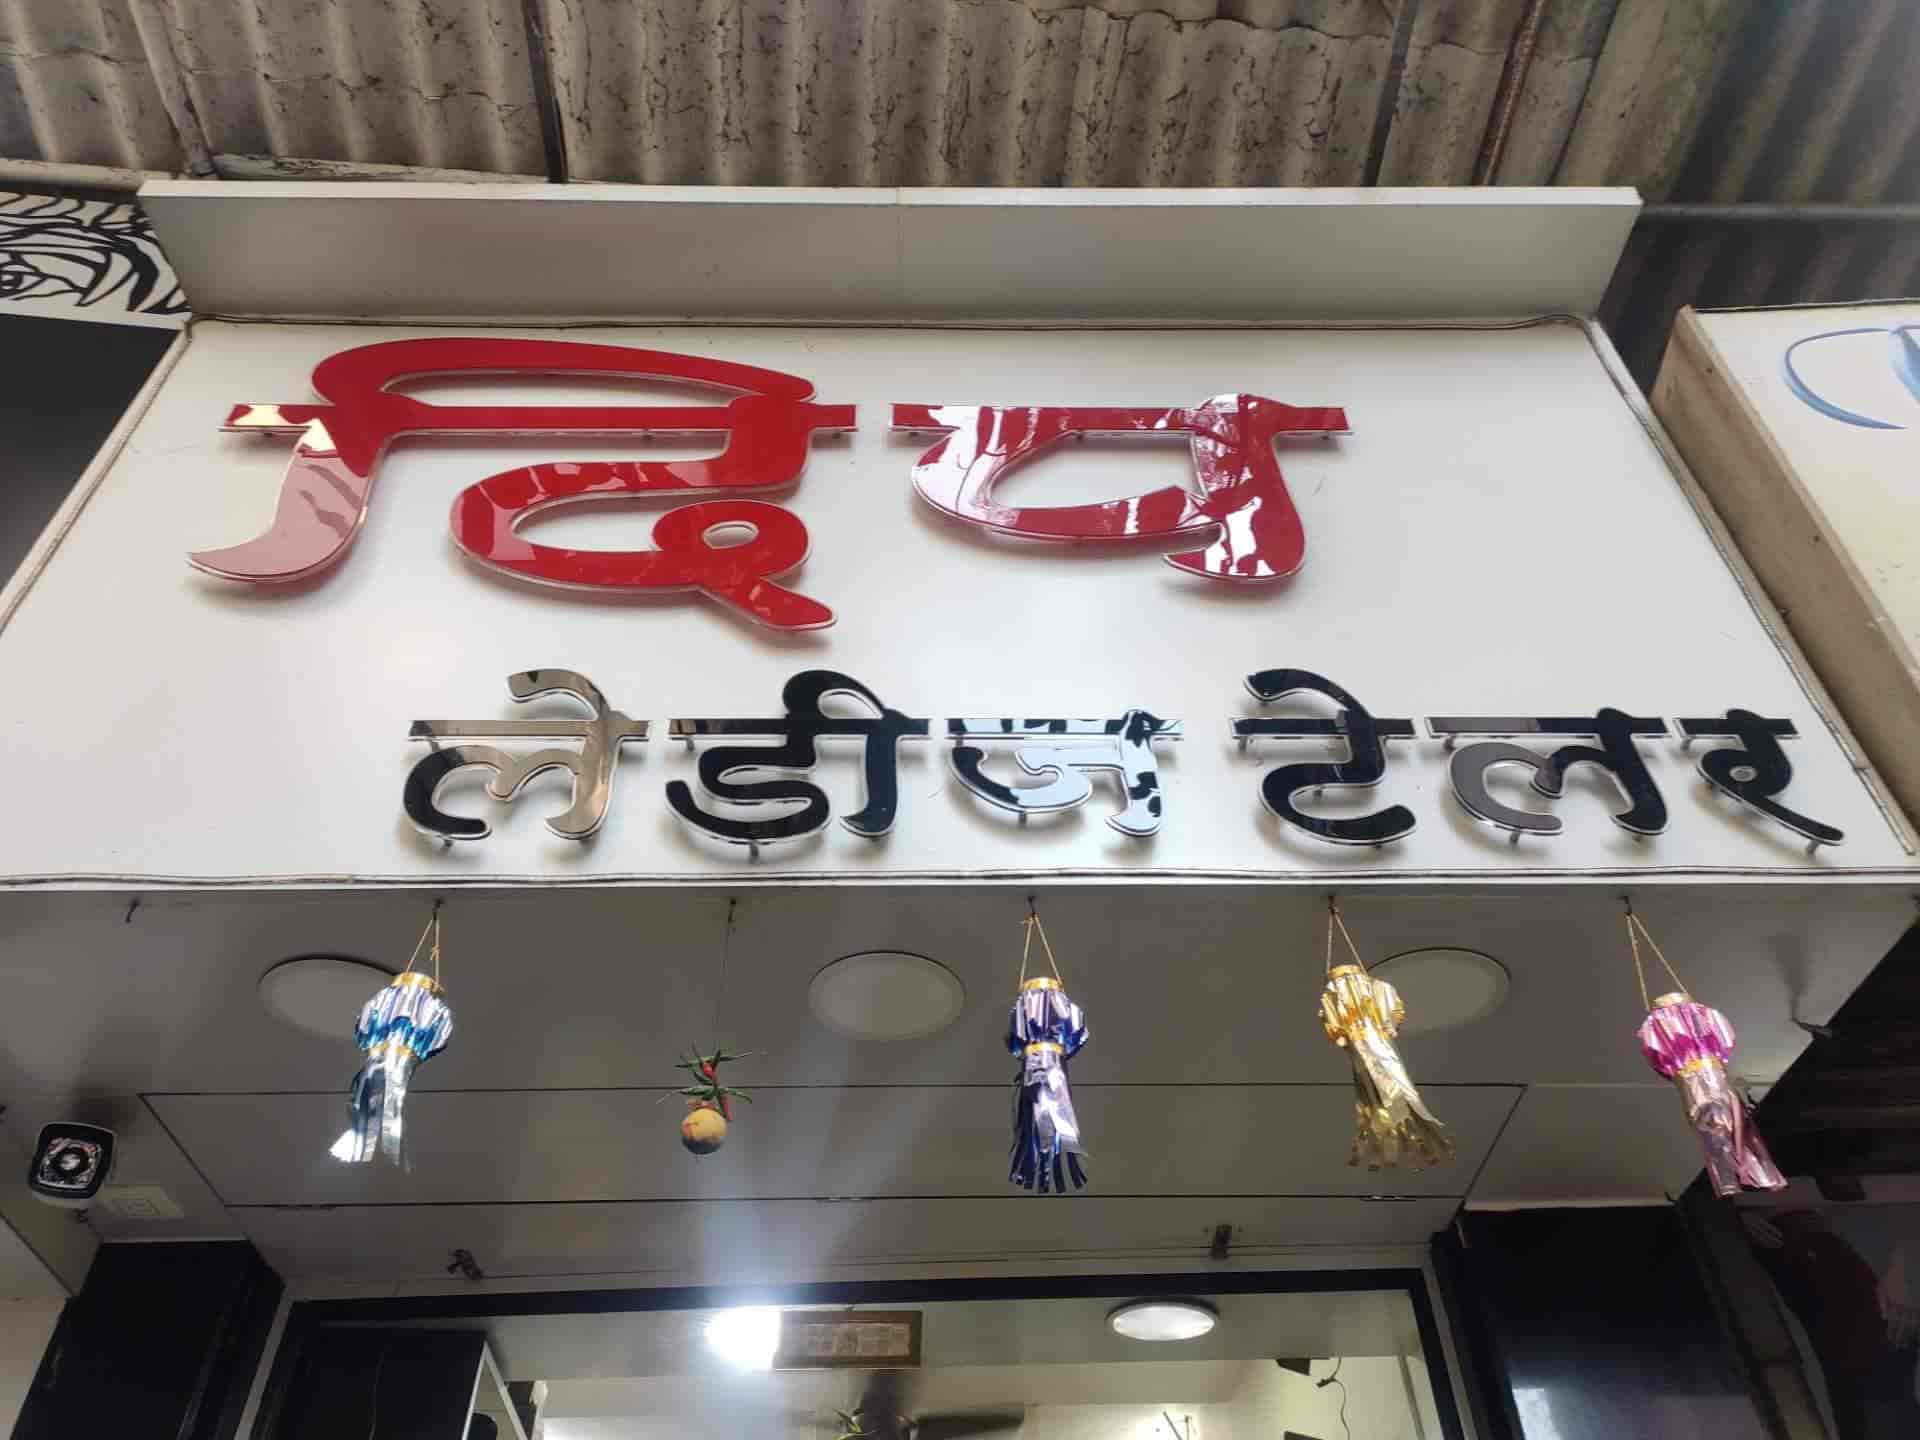
Language: marathi
Transcription: दिप लेडीज टेलर